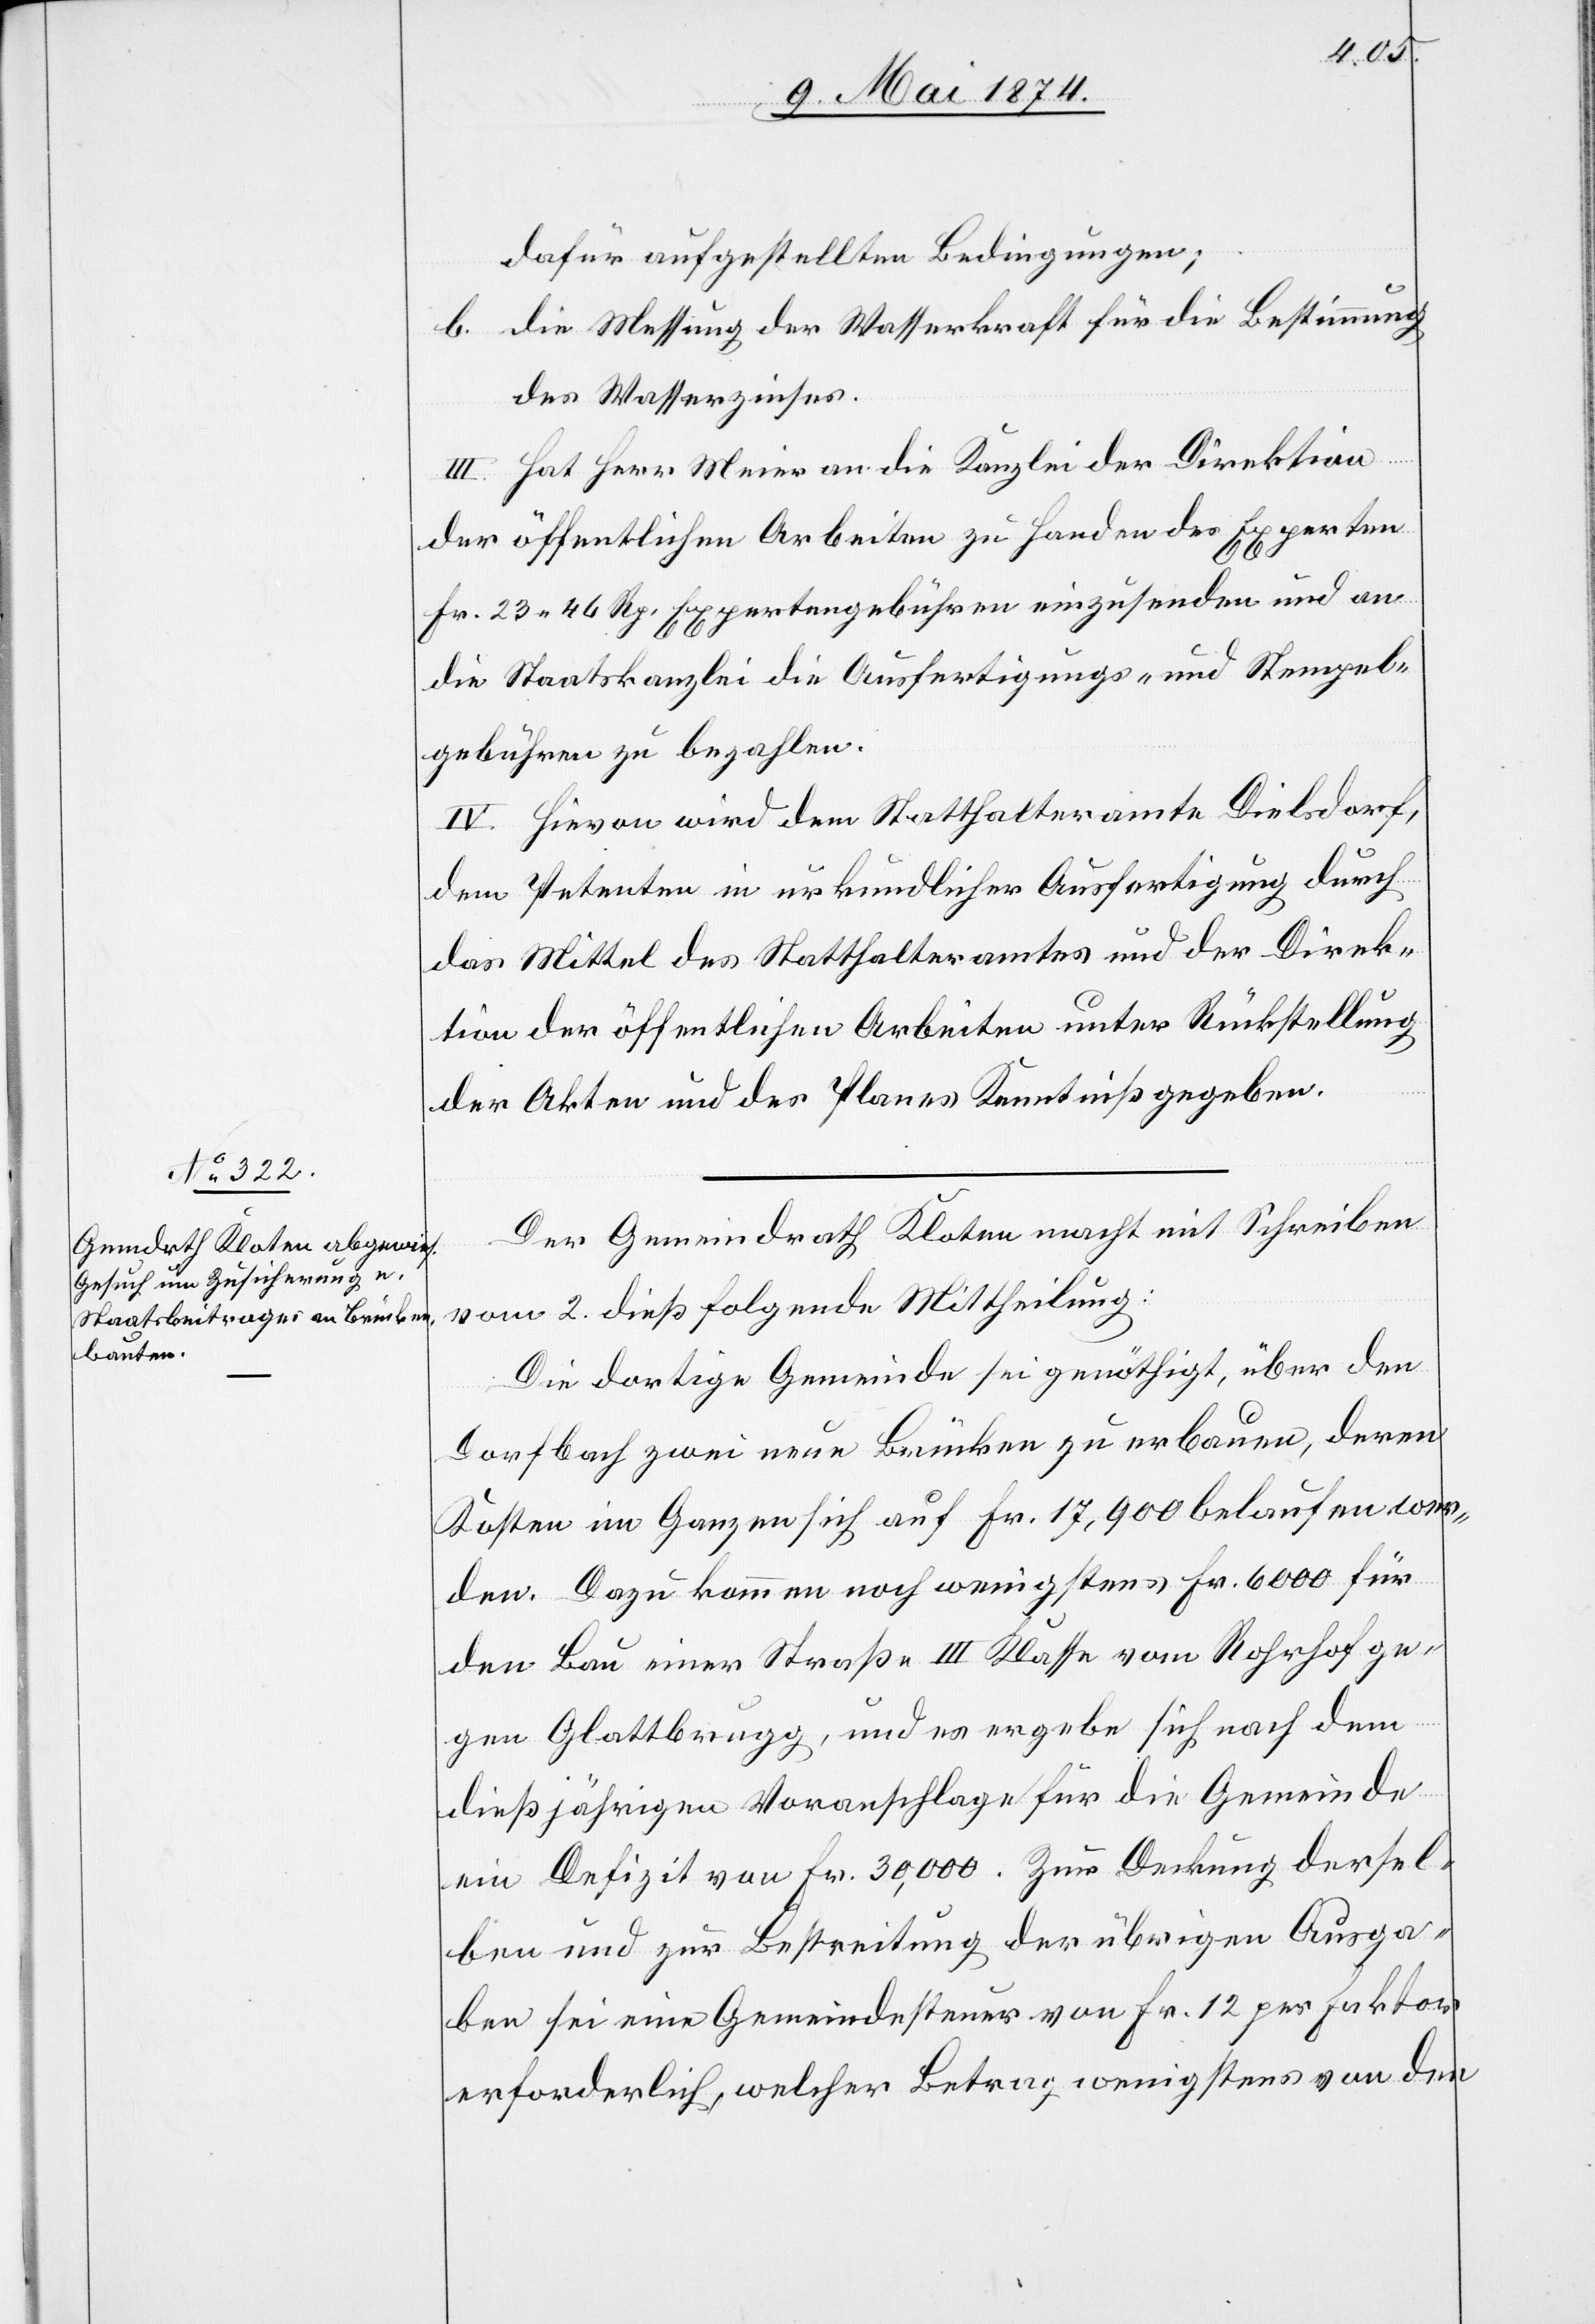
dafür aufgestellten Bedingungen;
b. die Messung der Wasserkraft für die Bestimmung
des Wasserzinses.
III. Hat Herr Meier an die Kanzlei der Direktion
der öffentlichen Arbeiten zu Handen des Experten
Fr. 23.46 Rp. Expertengebühren einzusenden und an
die Staatskanzlei die Ausfertigungs- und Stempel¬
gebühren zu bezahlen.
IV. Hievon wird dem Statthalteramt Dielsdorf,
dem Petenten in urkundlicher Ausfertigung durch
das Mittel des Statthalteramtes und der Direk¬
tion der öffentlichen Arbeiten unter Rückstellung
der Akten und des Planes Kenntniß gegeben.
Der Gemeindrath Kloten macht mit Schreiben
vom 2. dieß folgende Mittheilung:
Die dortige Gemeinde sei genöthigt, über den
Dorfbach zwei neue Brücken zu erbauen, deren
Kosten im Ganzen sich auf Fr. 17,900 belaufen wer¬
den. Dazu kommen noch wenigstens Fr. 6000 für
den Bau einer Straße III. Klasse von Rohrhof ge¬
gen Glattbrugg, und es ergebe sich nach dem
dießjährigen Voranschlage für die Gemeinde
ein Defizit von Fr. 30,000. Zur Deckung dersel¬
ben und zur Bestreitung der übrigen Ausga¬
ben sei eine Gemeindesteuer von Fr. 12 per Faktor
erforderlich, welcher Betrag wenigstens von den